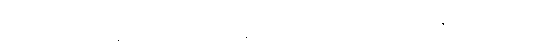
အတိတ်နဲ့ပစ္စုပ္ပန်ကြားမှာ ကန့်လန့်ကာကြီးလို သူကာဆီးတတ်သတဲ့ကွယ်။